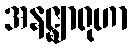
အနဇ္ဈာရုဟာ